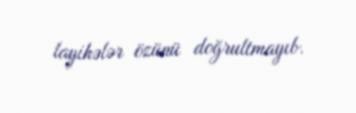
layihələr özünü doğrultmayıb.